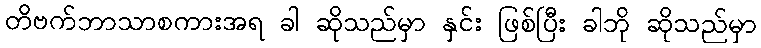
တိဗက်ဘာသာစကားအရ ခါ ဆိုသည်မှာ နှင်း ဖြစ်ပြီး ခါဘို ဆိုသည်မှာ